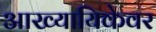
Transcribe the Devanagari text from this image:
आख्यायिकेवर